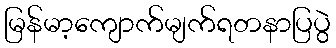
မြန်မာ့ကျောက်မျက်ရတနာပြပွဲ